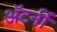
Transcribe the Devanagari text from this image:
अॅटर्नी